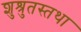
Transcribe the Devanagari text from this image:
शुश्रुतस्तथा